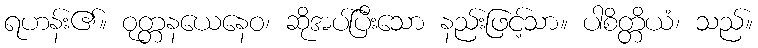
ရဟန်း၏။ ဝုတ္တနယေနေဝ၊ ဆိုအပ်ပြီးသော နည်းဖြင့်သာ။ ပါစိတ္တိယံ၊ သည်။